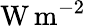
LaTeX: \mathrm{W}\, \mathrm{m}^{-2}